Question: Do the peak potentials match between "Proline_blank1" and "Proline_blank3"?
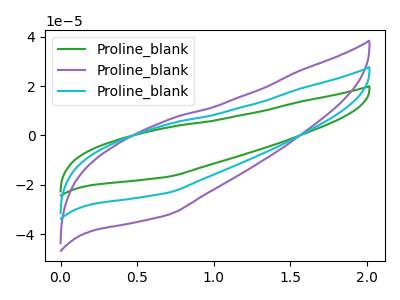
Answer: <think>The green curve "Proline_blank1" has no peaks. The purple curve "Proline_blank2" has no peaks. The cyan curve "Proline_blank3" has no peaks.</think>
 <answer>Niether CV has any peaks.</answer>
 <eval>blanks</eval>